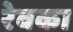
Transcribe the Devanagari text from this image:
रेवका